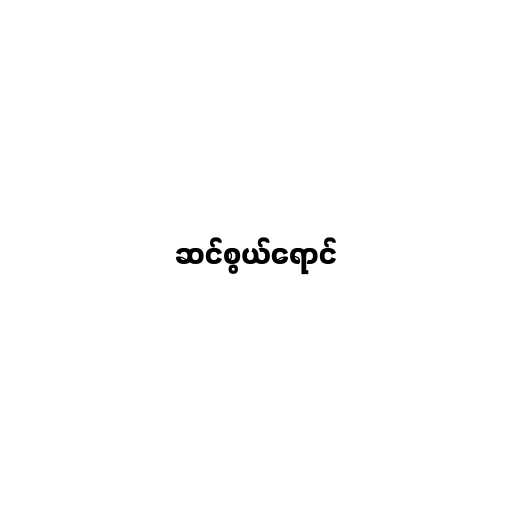
ဆင်စွယ်ရောင်